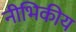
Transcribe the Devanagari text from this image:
नीभिकीय